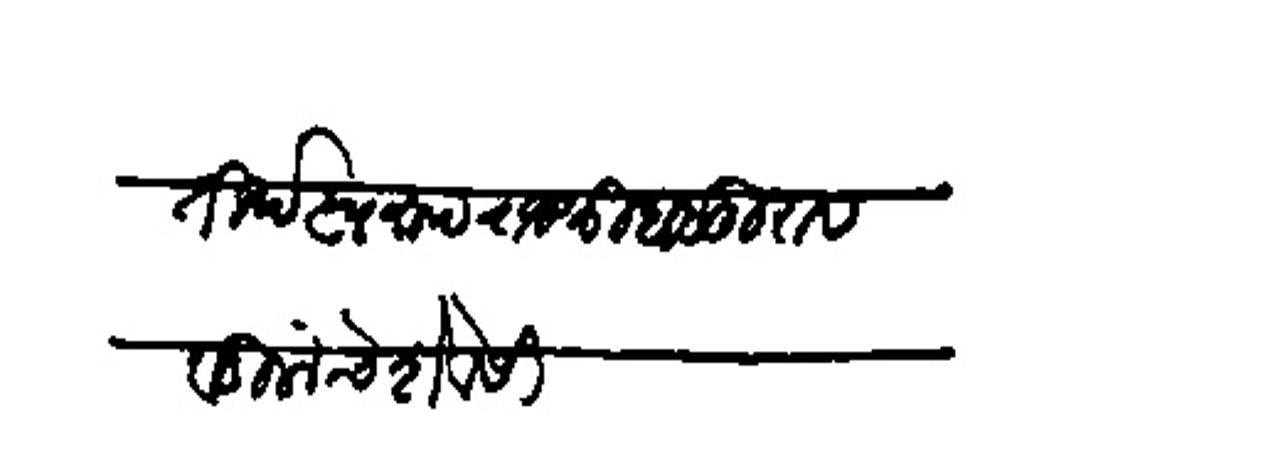
Transliteration (Devanagari): तीर्थस्वरूप राजश्री बाबुराव वडिलांचे शेवेसी